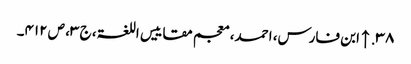
۳۸. ↑ ابن فارس، احمد، معجم مقاییس اللغۃ، ج ۳، ص ۴۱۲۔